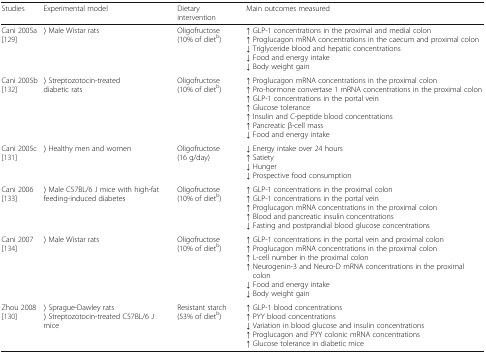
<table><thead><tr><td><b>Studies</b></td><td><b>Experimental model</b></td><td><b>Dietary intervention</b></td><td><b>Main outcomes measured</b></td></tr></thead><tbody><tr><td>Cani 2005a[129]</td><td>〉 Male Wistar rats</td><td>Oligofructose(10% of diet<sup>b</sup>)</td><td>↑ GLP-1 concentrations in the proximal and medial colon↑ Proglucagon mRNA concentrations in the caecum and proximal colon↓ Triglyceride blood and hepatic concentrations↓ Food and energy intake↓ Body weight gain</td></tr><tr><td>Cani 2005b[132]</td><td>〉 Streptozotocin-treated diabetic rats</td><td>Oligofructose(10% of diet<sup>b</sup>)</td><td>↑ Proglucagon mRNA concentrations in the proximal colon↑ Pro-hormone convertase 1 mRNA concentrations in the proximal colon↑ GLP-1 concentrations in the portal vein↑ Glucose tolerance↑ Insulin and C-peptide blood concentrations↑ Pancreatic β-cell mass↓ Food and energy intake</td></tr><tr><td>Cani 2005c[131]</td><td>〉 Healthy men and women</td><td>Oligofructose (16 g/day)</td><td>↓ Energy intake over 24 hours↑ Satiety↓ Hunger↓ Prospective food consumption</td></tr><tr><td>Cani 2006[133]</td><td>〉 Male C57BL/6 J mice with high-fat feeding-induced diabetes</td><td>Oligofructose(10% of diet<sup>b</sup>)</td><td>↑ GLP-1 concentrations in the proximal colon↑ GLP-1 concentrations in the portal vein↑ Proglucagon mRNA concentrations in the proximal colon↑ Blood and pancreatic insulin concentrations↓ Fasting and postprandial blood glucose concentrations</td></tr><tr><td>Cani 2007[134]</td><td>〉 Male Wistar rats</td><td>Oligofructose(10% of diet<sup>b</sup>)</td><td>↑ GLP-1 concentrations in the portal vein and proximal colon↑ Proglucagon mRNA concentrations in the proximal colon↑ L-cell number in the proximal colon↑ Neurogenin-3 and Neuro-D mRNA concentrations in the proximal colon↓ Food and energy intake↓ Body weight gain</td></tr><tr><td>Zhou 2008[130]</td><td>〉 Sprague-Dawley rats〉 Streptozotocin-treated C57BL/6 J mice</td><td>Resistant starch(53% of diet<sup>b</sup>)</td><td>↑ GLP-1 blood concentrations↑ PYY blood concentrations↓ Variation in blood glucose and insulin concentrations↑ Proglucagon and PYY colonic mRNA concentrations↑ Glucose tolerance in diabetic mice</td></tr></tbody></table>